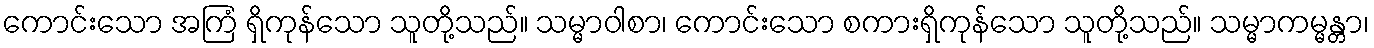
ကောင်းသော အကြံ ရှိကုန်သော သူတို့သည်။ သမ္မာဝါစာ၊ ကောင်းသော စကားရှိကုန်သော သူတို့သည်။ သမ္မာကမ္မန္တာ၊